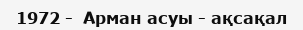
1972 -  Арман асуы - ақсақал